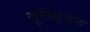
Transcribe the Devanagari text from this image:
दूरीसूचक